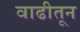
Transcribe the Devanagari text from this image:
वाढीतून